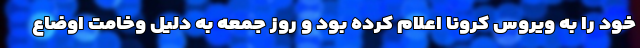
خود را به ویروس کرونا اعلام کرده بود و روز جمعه به دلیل وخامت اوضاع